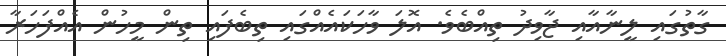
ގާތުގައި ލީނާއާއި ޖާވިދު ތިއްބެވެ. އޮލަ ވާހަކައެއްގައި ތިބެފައި ތިން މީހުން އެއްފަހަރާ